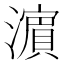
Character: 濵